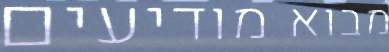
מבוא מודיעים